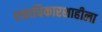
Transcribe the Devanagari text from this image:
एकाधिकारशाहीला